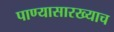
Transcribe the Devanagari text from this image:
पाण्यासारख्याच